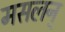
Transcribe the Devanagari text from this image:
मसलन्